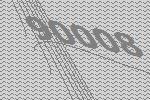
90008